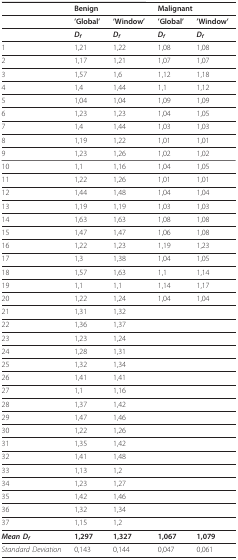
<table><thead><tr><td></td><td colspan="2"><b>Benign</b></td><td colspan="2"><b>Malignant</b></td></tr></thead><tbody><tr><td></td><td><b>&#x27;Global&#x27;</b></td><td><b>&#x27;Window&#x27;</b></td><td><b>&#x27;Global&#x27;</b></td><td><b>&#x27;Window&#x27;</b></td></tr><tr><td></td><td><b><i>D</i></b><sub><b><i>f</i></b></sub></td><td><b><i>D</i></b><sub><b><i>f</i></b></sub></td><td><b><i>D</i></b><sub><b><i>f</i></b></sub></td><td><b><i>D</i></b><sub><b><i>f</i></b></sub></td></tr><tr><td>1</td><td>1,21</td><td>1,22</td><td>1,08</td><td>1,08</td></tr><tr><td>2</td><td>1,17</td><td>1,21</td><td>1,07</td><td>1,07</td></tr><tr><td>3</td><td>1,57</td><td>1,6</td><td>1,12</td><td>1,18</td></tr><tr><td>4</td><td>1,4</td><td>1,44</td><td>1,1</td><td>1,12</td></tr><tr><td>5</td><td>1,04</td><td>1,04</td><td>1,09</td><td>1,09</td></tr><tr><td>6</td><td>1,23</td><td>1,23</td><td>1,04</td><td>1,05</td></tr><tr><td>7</td><td>1,4</td><td>1,44</td><td>1,03</td><td>1,03</td></tr><tr><td>8</td><td>1,19</td><td>1,22</td><td>1,01</td><td>1,01</td></tr><tr><td>9</td><td>1,23</td><td>1,26</td><td>1,02</td><td>1,02</td></tr><tr><td>10</td><td>1,1</td><td>1,16</td><td>1,04</td><td>1,05</td></tr><tr><td>11</td><td>1,22</td><td>1,26</td><td>1,01</td><td>1,01</td></tr><tr><td>12</td><td>1,44</td><td>1,48</td><td>1,04</td><td>1,04</td></tr><tr><td>13</td><td>1,19</td><td>1,19</td><td>1,03</td><td>1,03</td></tr><tr><td>14</td><td>1,63</td><td>1,63</td><td>1,08</td><td>1,08</td></tr><tr><td>15</td><td>1,47</td><td>1,47</td><td>1,06</td><td>1,08</td></tr><tr><td>16</td><td>1,22</td><td>1,23</td><td>1,19</td><td>1,23</td></tr><tr><td>17</td><td>1,3</td><td>1,38</td><td>1,04</td><td>1,05</td></tr><tr><td>18</td><td>1,57</td><td>1,63</td><td>1,1</td><td>1,14</td></tr><tr><td>19</td><td>1,1</td><td>1,1</td><td>1,14</td><td>1,17</td></tr><tr><td>20</td><td>1,22</td><td>1,24</td><td>1,04</td><td>1,04</td></tr><tr><td>21</td><td>1,31</td><td>1,32</td><td></td><td></td></tr><tr><td>22</td><td>1,36</td><td>1,37</td><td></td><td></td></tr><tr><td>23</td><td>1,23</td><td>1,24</td><td></td><td></td></tr><tr><td>24</td><td>1,28</td><td>1,31</td><td></td><td></td></tr><tr><td>25</td><td>1,32</td><td>1,34</td><td></td><td></td></tr><tr><td>26</td><td>1,41</td><td>1,41</td><td></td><td></td></tr><tr><td>27</td><td>1,1</td><td>1,16</td><td></td><td></td></tr><tr><td>28</td><td>1,37</td><td>1,42</td><td></td><td></td></tr><tr><td>29</td><td>1,47</td><td>1,46</td><td></td><td></td></tr><tr><td>30</td><td>1,22</td><td>1,26</td><td></td><td></td></tr><tr><td>31</td><td>1,35</td><td>1,42</td><td></td><td></td></tr><tr><td>32</td><td>1,41</td><td>1,48</td><td></td><td></td></tr><tr><td>33</td><td>1,13</td><td>1,2</td><td></td><td></td></tr><tr><td>34</td><td>1,23</td><td>1,27</td><td></td><td></td></tr><tr><td>35</td><td>1,42</td><td>1,46</td><td></td><td></td></tr><tr><td>36</td><td>1,32</td><td>1,34</td><td></td><td></td></tr><tr><td>37</td><td>1,15</td><td>1,2</td><td></td><td></td></tr><tr><td><b><i>Mean D<sub>f </sub></i></b></td><td><b>1,297</b></td><td><b>1,327</b></td><td><b>1,067</b></td><td><b>1,079</b></td></tr><tr><td><i>Standard Deviation</i></td><td>0,143</td><td>0,144</td><td>0,047</td><td>0,061</td></tr></tbody></table>